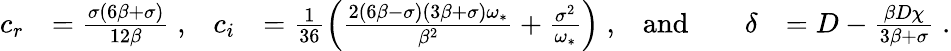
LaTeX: \begin{array}{rlrlrlrl}{c_{r}}&{=\frac{\sigma(6\beta+\sigma)}{12\beta}\; ,}&{c_{i}}&{=\frac{1}{36}\left(\frac{2(6\beta-\sigma)(3\beta+\sigma)\omega_{*}}{\beta^{2}}+\frac{\sigma^{2}}{\omega_{*}}\right)\; ,}&{\mathrm{and}}&{}&{\delta}&{=D-\frac{\beta D\chi}{3\beta+\sigma}\; .}\end{array}